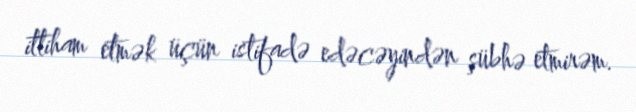
ittiham etmək üçün istifadə edəcəyindən şübhə etmirəm.